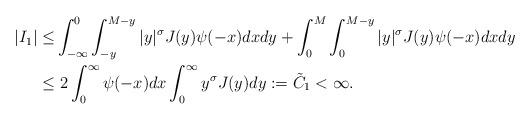
LaTeX: \begin{align*}|I_1|\leq & \int_{-\infty}^0\int_{-y}^{M-y} |y|^\sigma J(y)\psi(-x)dxdy+\int_0^M\int_{0}^{M-y} |y|^\sigma J(y)\psi(-x)dxdy\\\leq & \ 2\int_0^\infty \psi(-x)dx\int_0^\infty y^\sigma J(y)dy:=\tilde C_1<\infty.\end{align*}